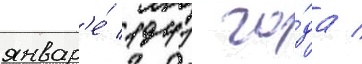
январ'е́ 1941 го́да /